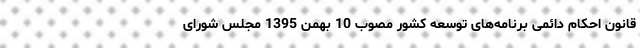
قانون احکام دائمی برنامه‌های توسعه کشور مصوب 10 بهمن 1395 مجلس شورای